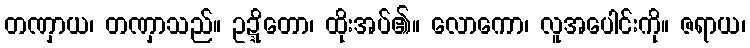
တဏှာယ၊ တဏှာသည်။ ဥဍ္ဍိတော၊ ထိုးအပ်၏။ လောကော၊ လူအပေါင်းကို။ ဇရာယ၊